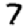
Digit: 7